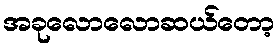
အခုလောလောဆယ်တော့